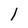
Character: 1